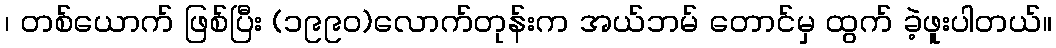
၊ တစ်ယောက် ဖြစ်ပြီး (၁၉၉၀)လောက်တုန်းက အယ်ဘမ် တောင်မှ ထွက် ခဲ့ဖူးပါတယ်။